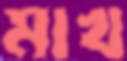
মাখ